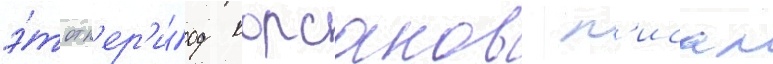
э́тот п'ер'и́од корсаков п'исал